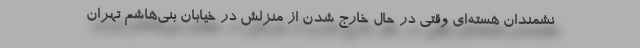
نشمندان هسته‌ای وقتی در حال خارج شدن از منزلش در خیابان بنی‌هاشم تهران